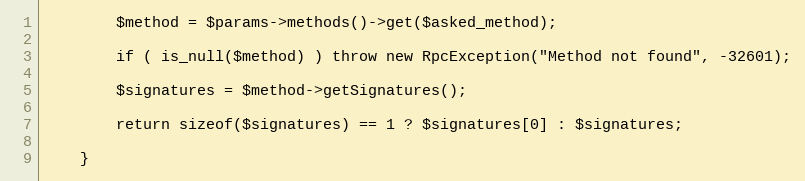
Language: PHP
        $method = $params->methods()->get($asked_method);

        if ( is_null($method) ) throw new RpcException("Method not found", -32601);

        $signatures = $method->getSignatures();

        return sizeof($signatures) == 1 ? $signatures[0] : $signatures;

    }